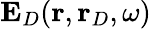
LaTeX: \mathbf{E}_{D}(\mathbf{r},\mathbf{r}_{D},\omega)